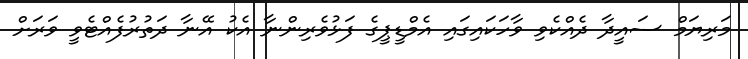
މަރިޔަމް ސައީދާ ދެއްކެވި ވާހަކައިގައި އެމްޑީޕީގެ ފަޅުވެރިންނާ އެކު އޭނާ ދަތުރުފެއްޓެވީ ވަރަށް